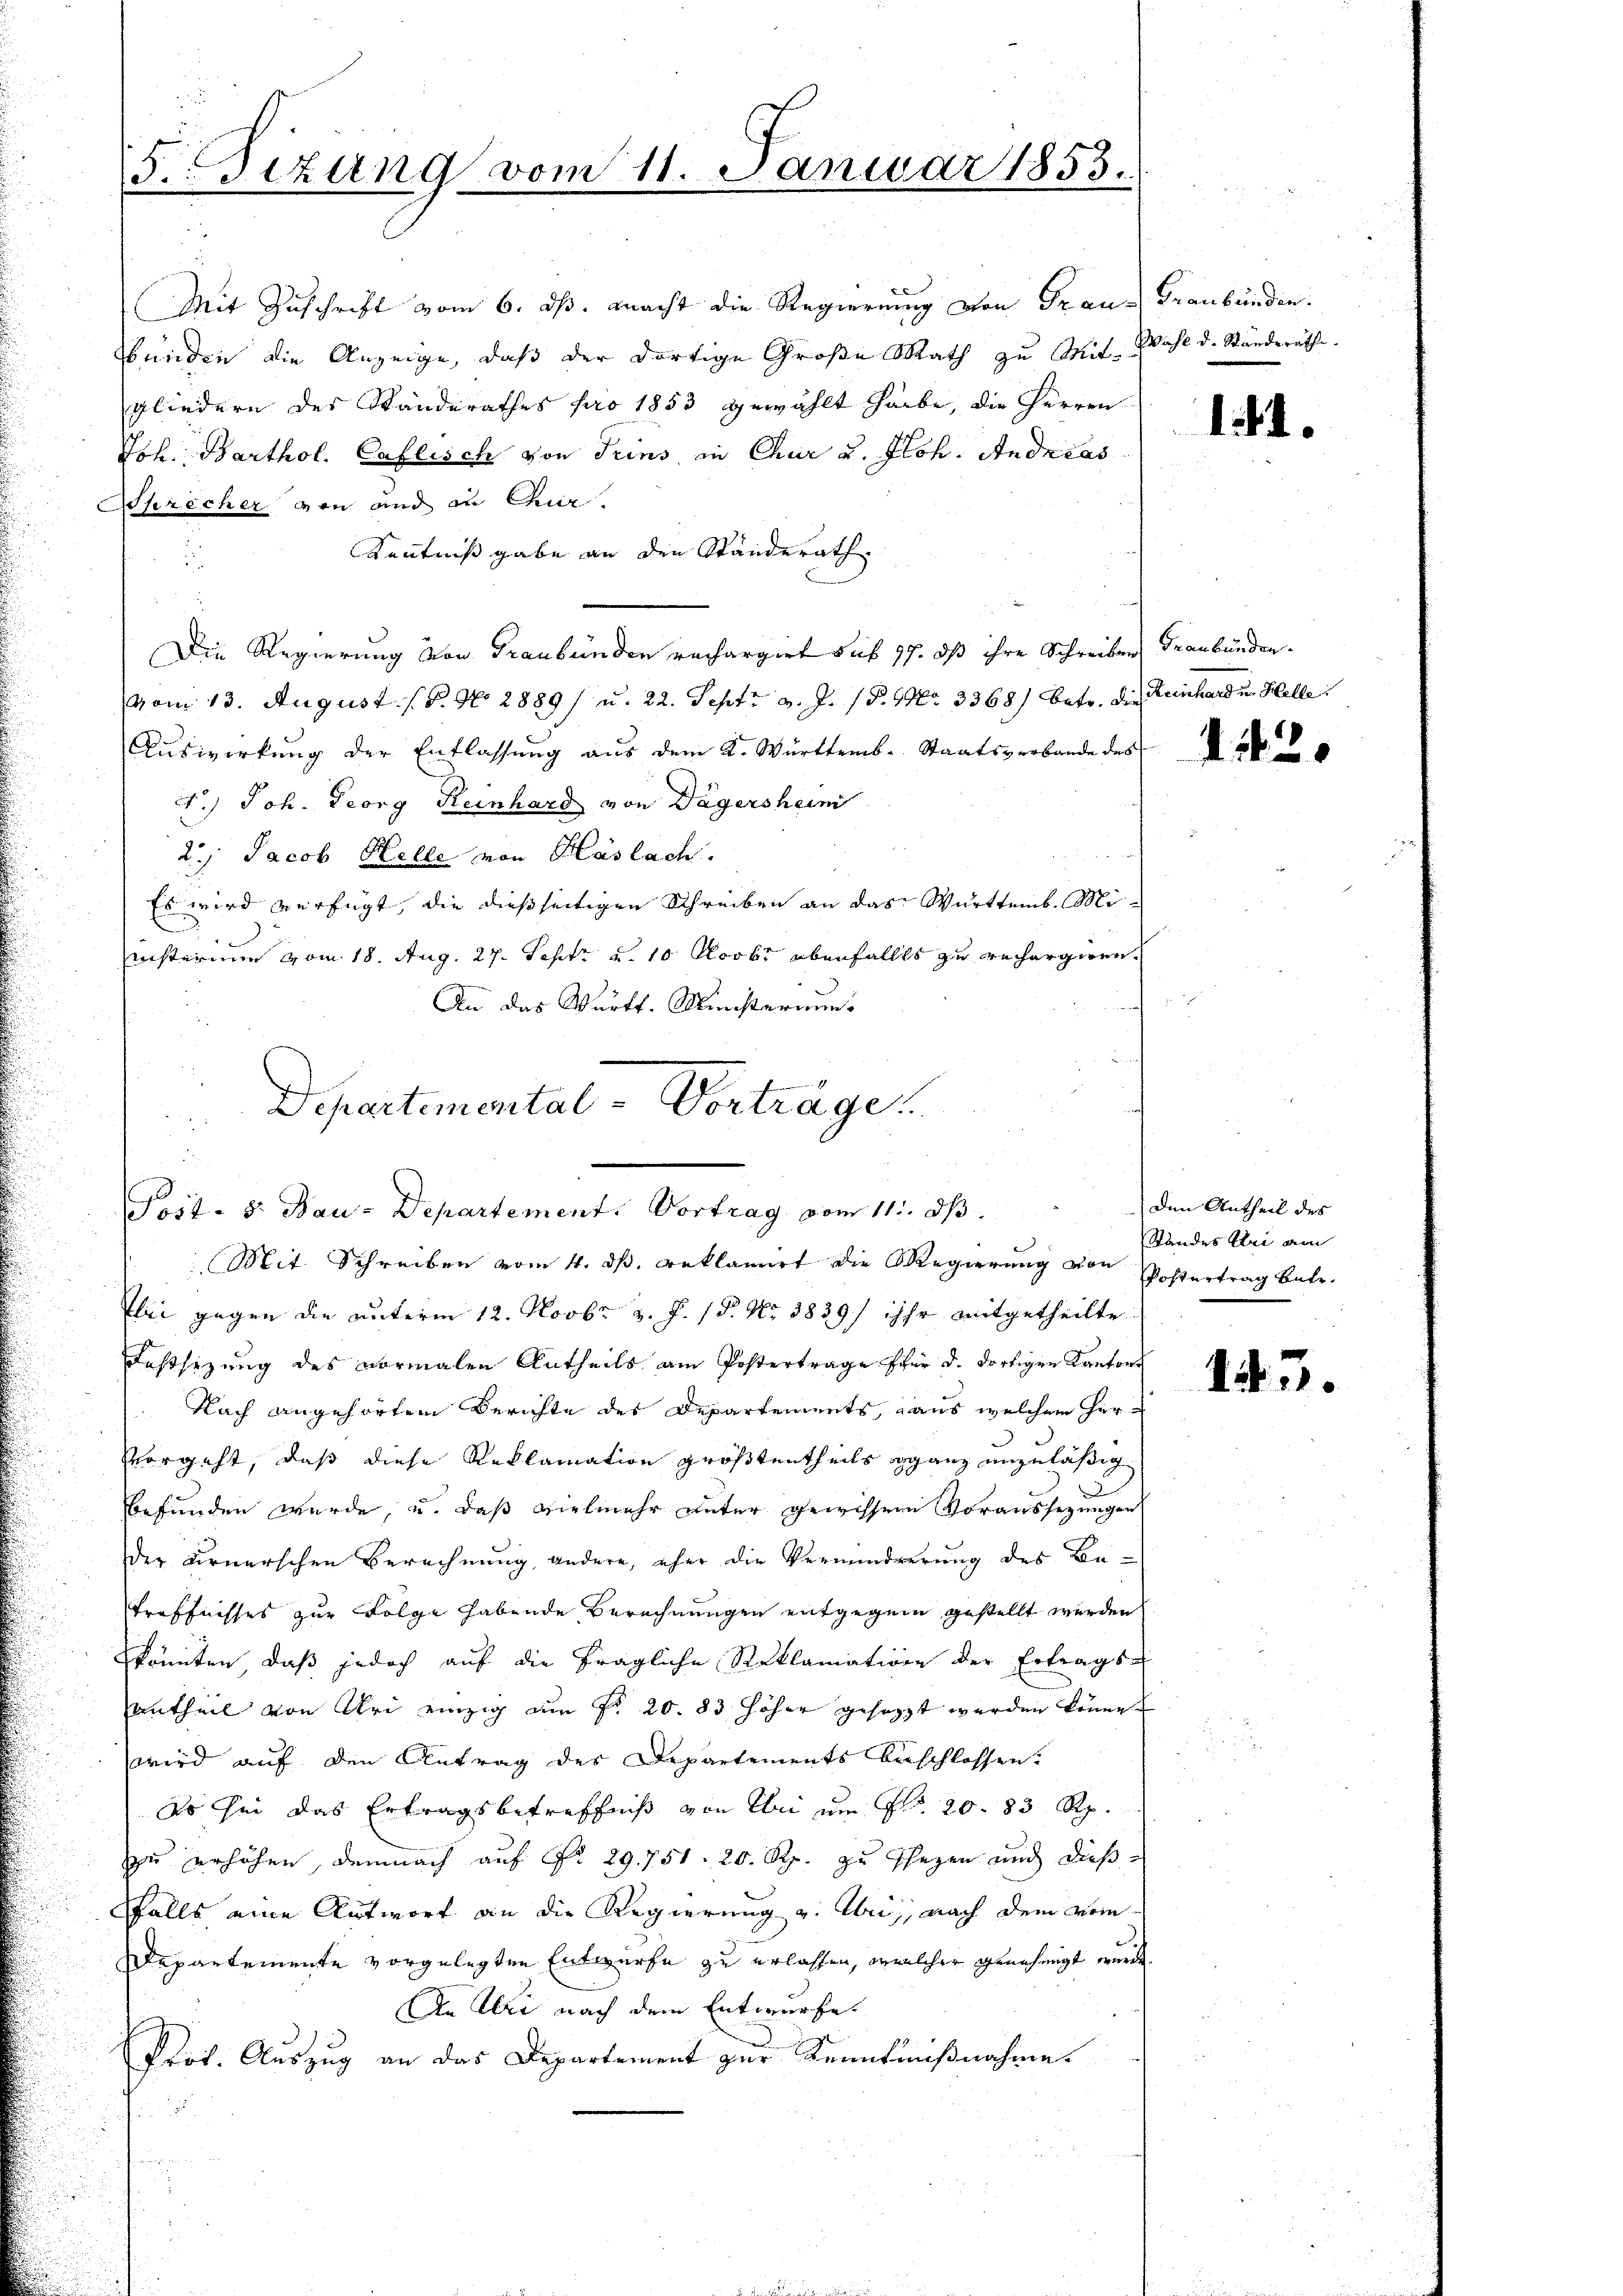
5. Bezung vom 11. Januar 1853.

Mit Zuschrift vom 6. ds. macht die Regierung von Fraubunden die Anzeige, daß der dortige Große Rath zu Mitgliedern der Standerathes pro 1853 gewählt habe, die Herren
Joh. Barthol. Caflisch von Trins in Chur u. Joh. Andreas
Sprecher von und in Chir
Kenntnißgabe an den Ständerath.
Die Regierung von Graubünden rechargirt sub 77. dß ihre Schreiben Graubünden.
vom 13. August ( P. Nr. 2889/ u. 22. Sept. d. J. P. Nr. 3368) Betr. die Reinhard u. Helle
Auswirkung der Entlassung aus dem K. Württemb. Staatsverbande des
4.) Joh. Georg Reinhard von Dägersheim
2.) Jacob Helle von Haslach.
Es wird verfügt, die dießseitigen Schreiben an das Württemb. Mi¬
C
eisterium vom 18. Aug. 27. Sept. u. 10. Novbr ebenfalls zu rechargiren.
An das Württ. Ministerium
Mit Schreiben vom 4. d. Beklamirt die Regierung von Postertrag betr.
lei gegen die unterm 12. Novbr. v. J. 18. No 3839/ ihr mitgetheilte
Festsizung des vormalen Antheils am Postertrage für d. dortigen Kanton¬
 Nach angehörten Berichte des Departements, aus welchem Hervorgeht, daß diese Reklamation größtentheils ganz unzuläßig
.
.
befunden wurde, u. daß vielmehr unter gewissene Voraussetzungen
der Firnerschen Berechnung, andere, eher die Verminderung des Betröffnisses zur Folge habende Berechnungen entgegen gestellt werden
könnten, daß jedoch auf die fragliche Reklamation der Ertrags-
antheil von Uri einzig am No 20. 83 höher gesetzt werden könne,
wird auf den Antrag des Departements beschlossen:
Es sei das Ertragsbetreffniß von Uri um No. 20. 83 Rp.
zu erhöhen, demnach auf Nr. 29. 751. 20. Rp. zu sezen und dieß¬
Falls eine Antwort an die Regierung v. Uri, nach dem vom
Departemente vorgelegten Entwurfe zu erlassen, welcher genehmigt wird
An Uri nach dem Entwurfe
Prot. Auszug an das Departement zur Kenntnißnahme.
2

Departemental - Vorträge
Post- 8. Bau-Departement. Vortrag vom 11. dβ.

Graubünden.
Wahl d. Ständeräth

144.

1420

Den Antheil des
Standes Klei am

143.